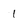
Character: 1